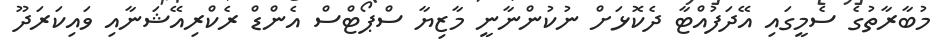
މުބާރާތުގެ ސެމީގައި އޭދަފުއްޓާ ދެކޮޅަށް ނުކުންނާނީ މާޒިޔާ ސްޕޯޓްސް އެންޑް ރެކްރިއޭޝަނާއި ވައިކަރަދޫ